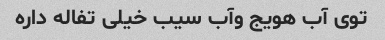
توی آب هویج وآب سیب خیلی تفاله داره